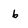
Character: b